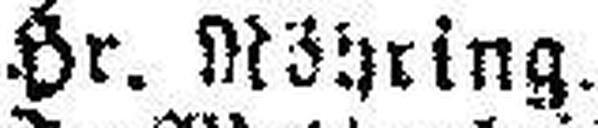
Hr. Möhring.